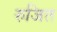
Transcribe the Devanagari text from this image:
रुजित